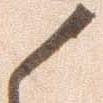
候